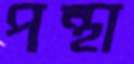
পন্থা